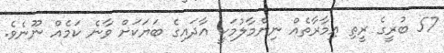
57 ބުރީގެ ރީތި އިމާރާތެއް ނިންމާލުމަކީ އާދައިގެ ބަޔަކަށް ވާނެ ކަމެއް ނޫނެވެ.